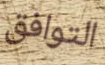
التوافق